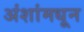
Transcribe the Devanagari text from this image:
अंशांमधून